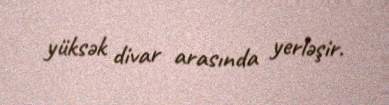
yüksək divar arasında yerləşir.